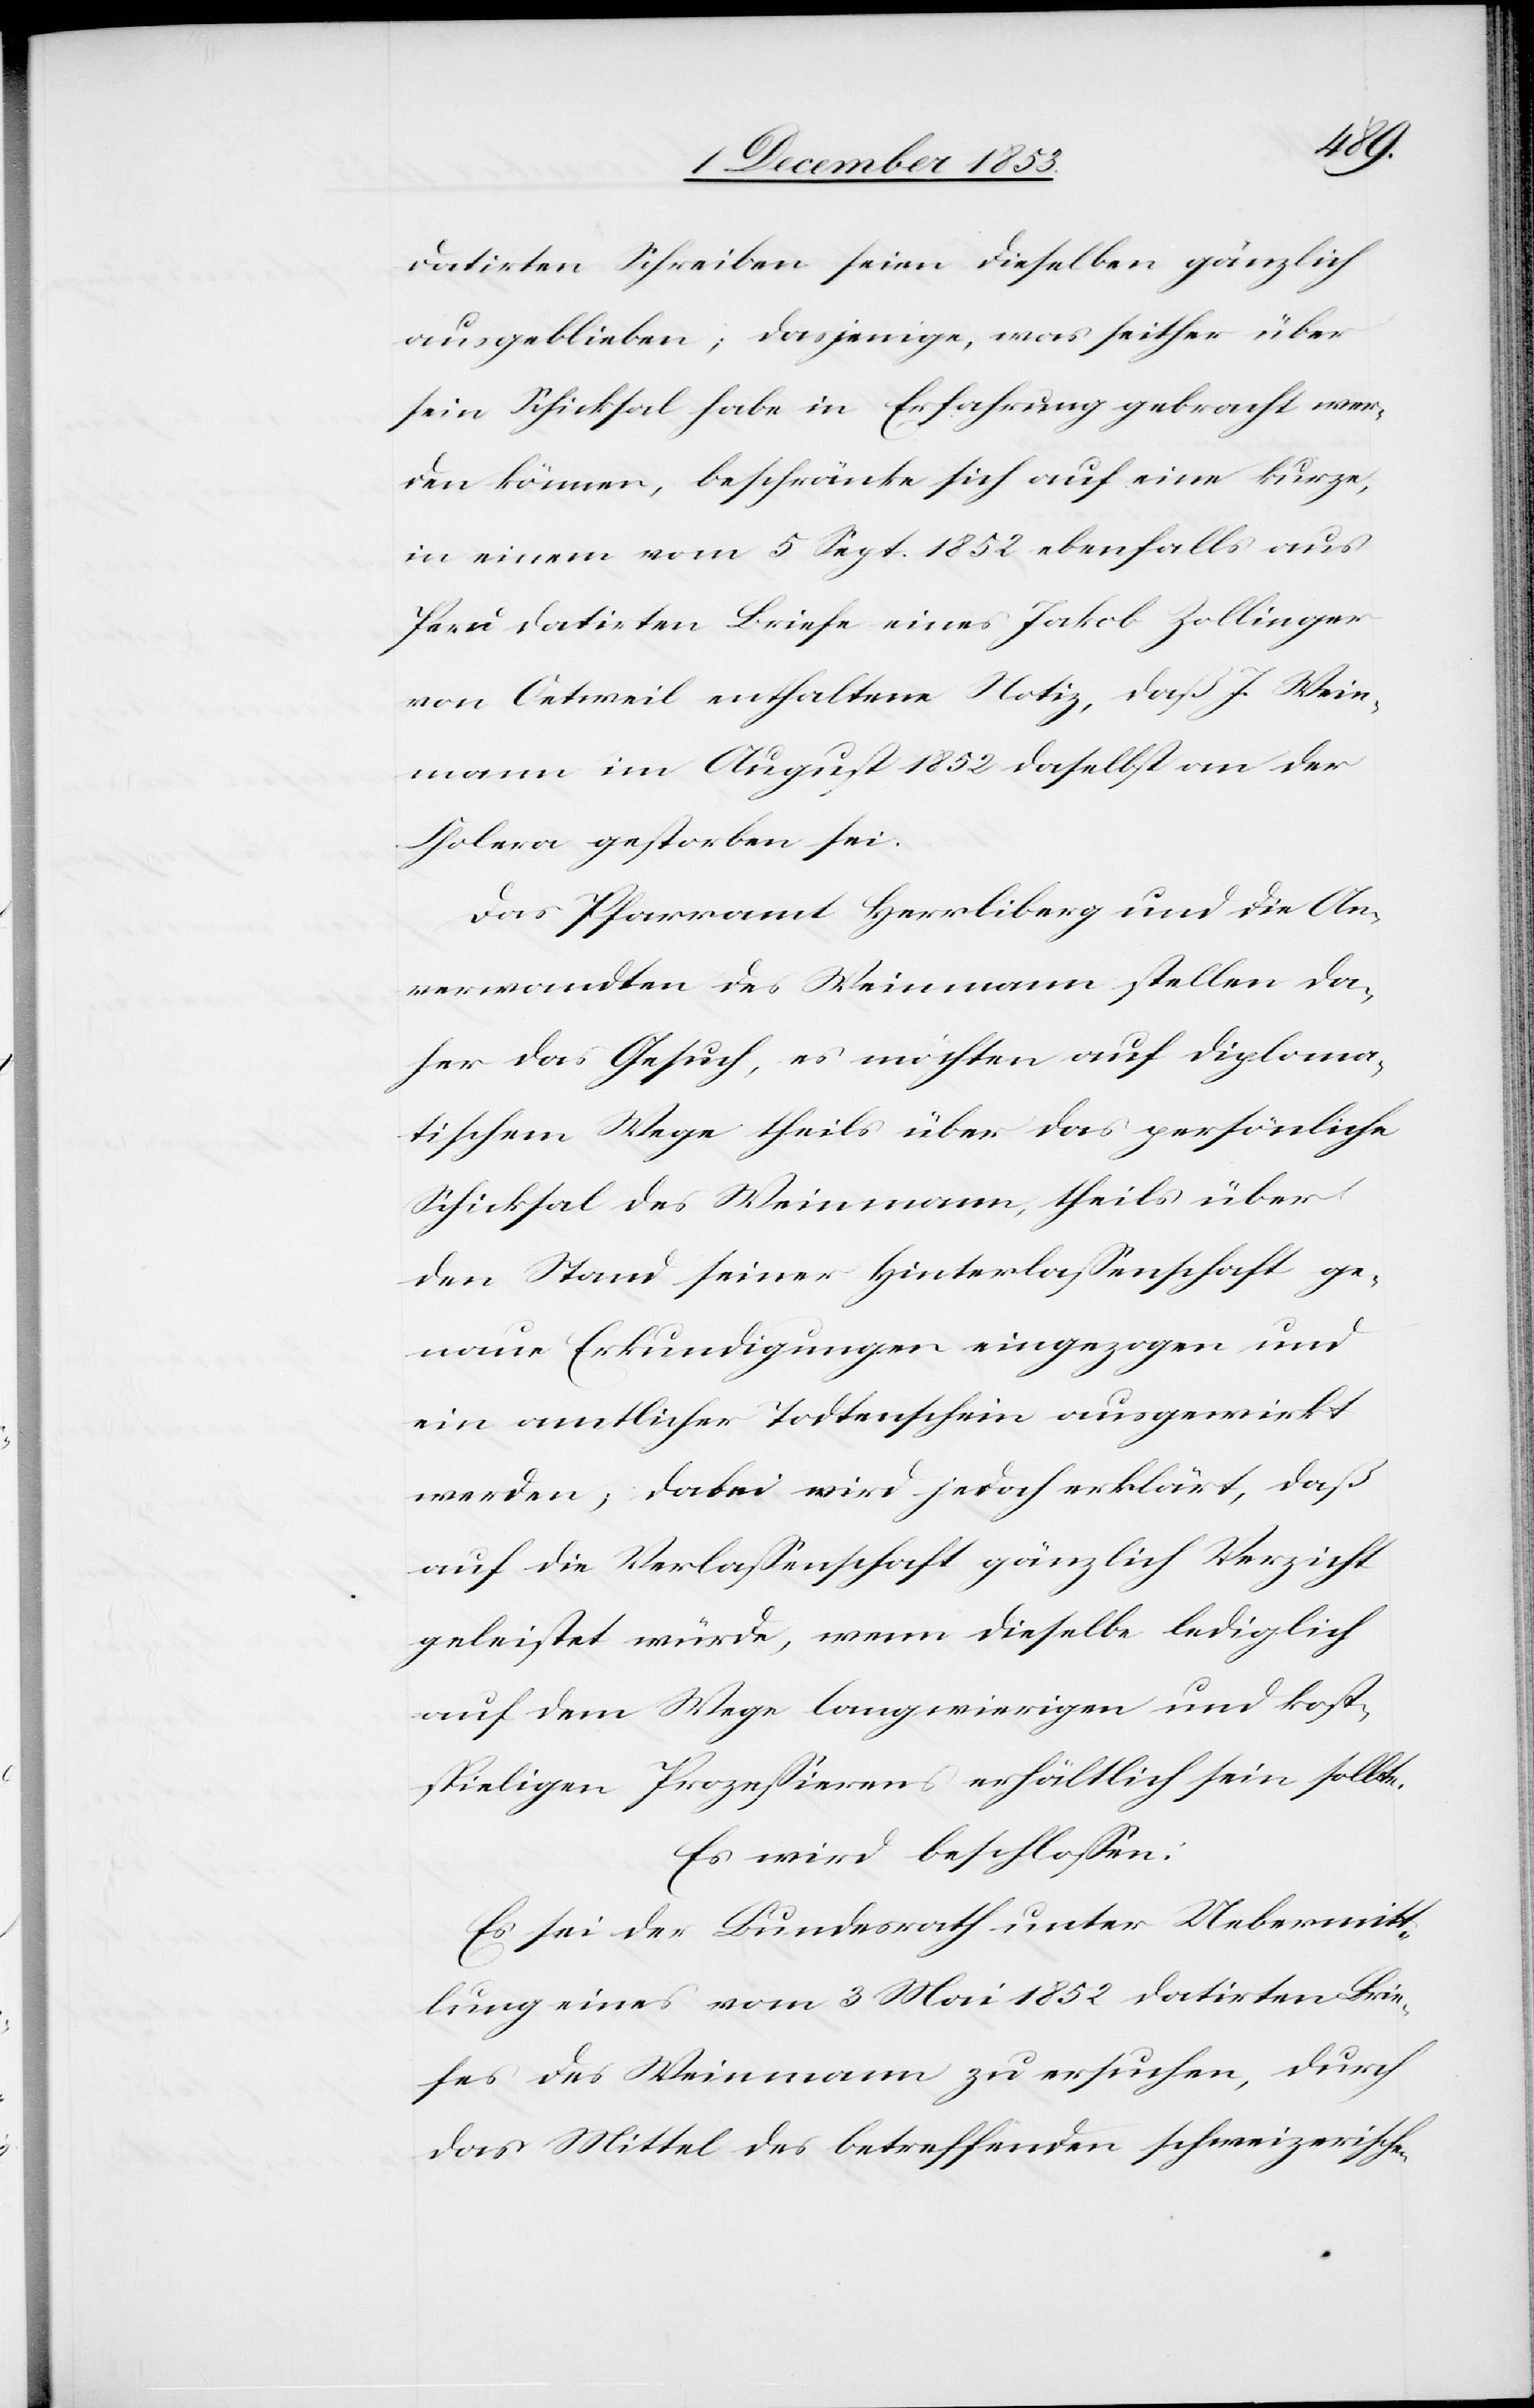
datirten Schreiben seien dieselben gänzlich
ausgeblieben; diejenige, was seither über
sein Schicksal habe in Erfahrung gebracht wer¬
den können, beschränke sich auf eine kurze,
in einem vom 5 Sept. 1852 ebenfalls aus
Peru datirten Briefe eines Jakob Zollinger
von Oetweil enthaltene Notiz, daß J. Wein¬
mann im August 1852 daselbst an der
Cholera gestorben sei.
Das Pfarramt Herrliberg und die An¬
verwandten des Weinmann stellen da¬
her das Gesuch, es möchten auf diploma¬
tischem Wege theils über das persönliche
Schicksal des Weinmann, theils über
den Stand seiner Hinterlaßenschaft ge¬
naue Erkundigungen eingezogen und
ein amtlicher Todtenschein ausgewirkt
werden; dabei wird jedoch erklärt, daß
auf die Verlaßenschaft gänzlich Verzicht
geleistet würde, wenn dieselbe lediglich
auf dem Wege langwierigen und kost¬
spieligen Prozeßierens erhältlich sein sollte.
Es wird beschloßen:
Es sei der Bundesrath unter Uebermitt¬
lung eines vom 3 Mai 1852 datirten Brie¬
fes des Weinmann zu ersuchen, durch
das Mittel des betreffenden schweizerischen